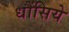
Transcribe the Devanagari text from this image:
धौंसिये